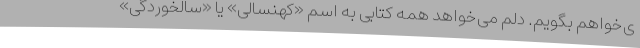
ی‌خواهم بگویم. دلم می‌خواهد همه کتابی به اسم «کهنسالی» یا «سالخوردگی»